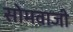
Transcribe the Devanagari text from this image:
सोमवाजी